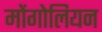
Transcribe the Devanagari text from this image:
मोंगोलियन